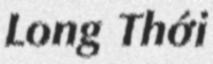
Long Thới